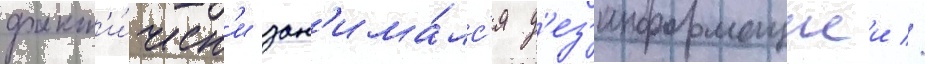
факт'и́ческ'и зан'има́лс'я д'ез'информациеи //